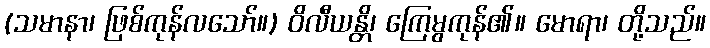
(သမာနာ၊ ဖြစ်ကုန်လသော်။) ဝိလီယန္တိ၊ ကြေမွကုန်၏။ မောရာ၊ တို့သည်။